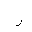
Letter: _ra